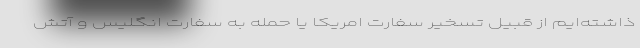
ذاشته‌ایم از قبیل تسخیر سفارت امریکا یا حمله به سفارت انگلیس و آتش